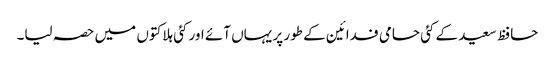
حافظ سعید کے کئی حامی فدائین کے طور پر یہاں آئے اور کئی ہلاکتوں میں حصہ لیا۔